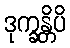
ဒုက္ခန္တိပိ